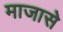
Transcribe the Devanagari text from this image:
माजासे